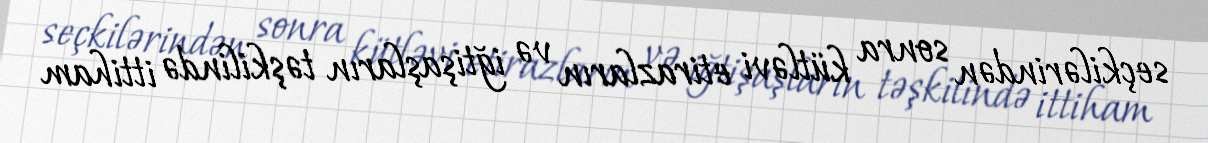
seçkilərindən sonra kütləvi etirazların və iğtişaşların təşkilində ittiham